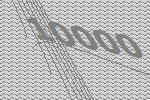
10000